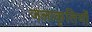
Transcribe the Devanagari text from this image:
जलाकृतियों